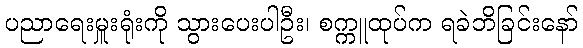
ပညာရေးမှူးရုံးကို သွားပေးပါဦး၊ စက္ကူထုပ်က ရခဲဘိခြင်းနော်